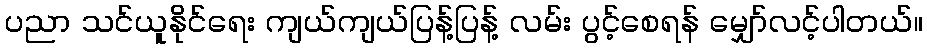
ပညာ သင်ယူနိုင်ရေး ကျယ်ကျယ်ပြန့်ပြန့် လမ်း ပွင့်စေရန် မျှော်လင့်ပါတယ်။